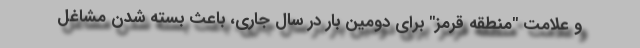
و علامت "منطقه قرمز" برای دومین بار در سال جاری، باعث بسته شدن مشاغل